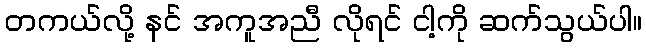
တကယ်လို့ နင် အကူအညီ လိုရင် ငါ့ကို ဆက်သွယ်ပါ။